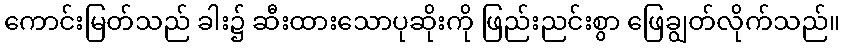
ကောင်းမြတ်သည် ခါး၌ ဆီးထားသောပုဆိုးကို ဖြည်းညင်းစွာ ဖြေချွတ်လိုက်သည်။